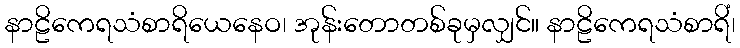
နာဠိကေရသံစာရိယေနေဝ၊ အုန်းတောတစ်ခုမှလျှင်။ နာဠိကေရသံစာရိံ၊